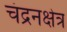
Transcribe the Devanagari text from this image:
चंद्रनक्षेत्र